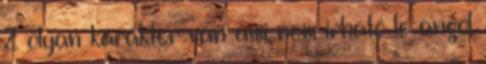
2 olyan karakter van ami nem írható le angol